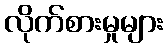
လိုက်စားမှုများ